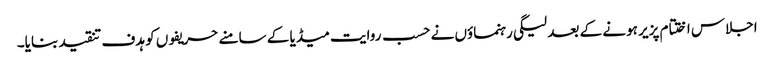
اجلاس اختتام پزیر ہونے کے بعد لیگی رہنماؤں نے حسب روایت میڈیا کے سامنے حریفوں کو ہدف تنقید بنایا۔